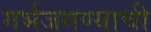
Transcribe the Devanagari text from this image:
गर्भजगण्याची